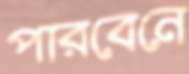
পারবেনে